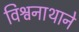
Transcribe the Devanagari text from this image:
विश्वनाथाने